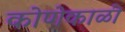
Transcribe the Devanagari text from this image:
कोणेकाळी